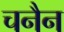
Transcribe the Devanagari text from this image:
चनैन